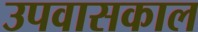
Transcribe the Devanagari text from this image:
उपवासकाल